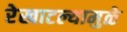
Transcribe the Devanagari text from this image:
रेखाटल्यामुळे